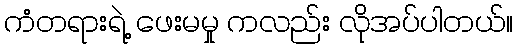
ကံတရားရဲ့ ဖေးမမှု ကလည်း လိုအပ်ပါတယ်။